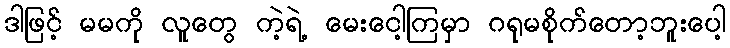
ဒါဖြင့် မမကို လူတွေ ကဲ့ရဲ့ မေးငေါ့ကြမှာ ဂရုမစိုက်တော့ဘူးပေါ့